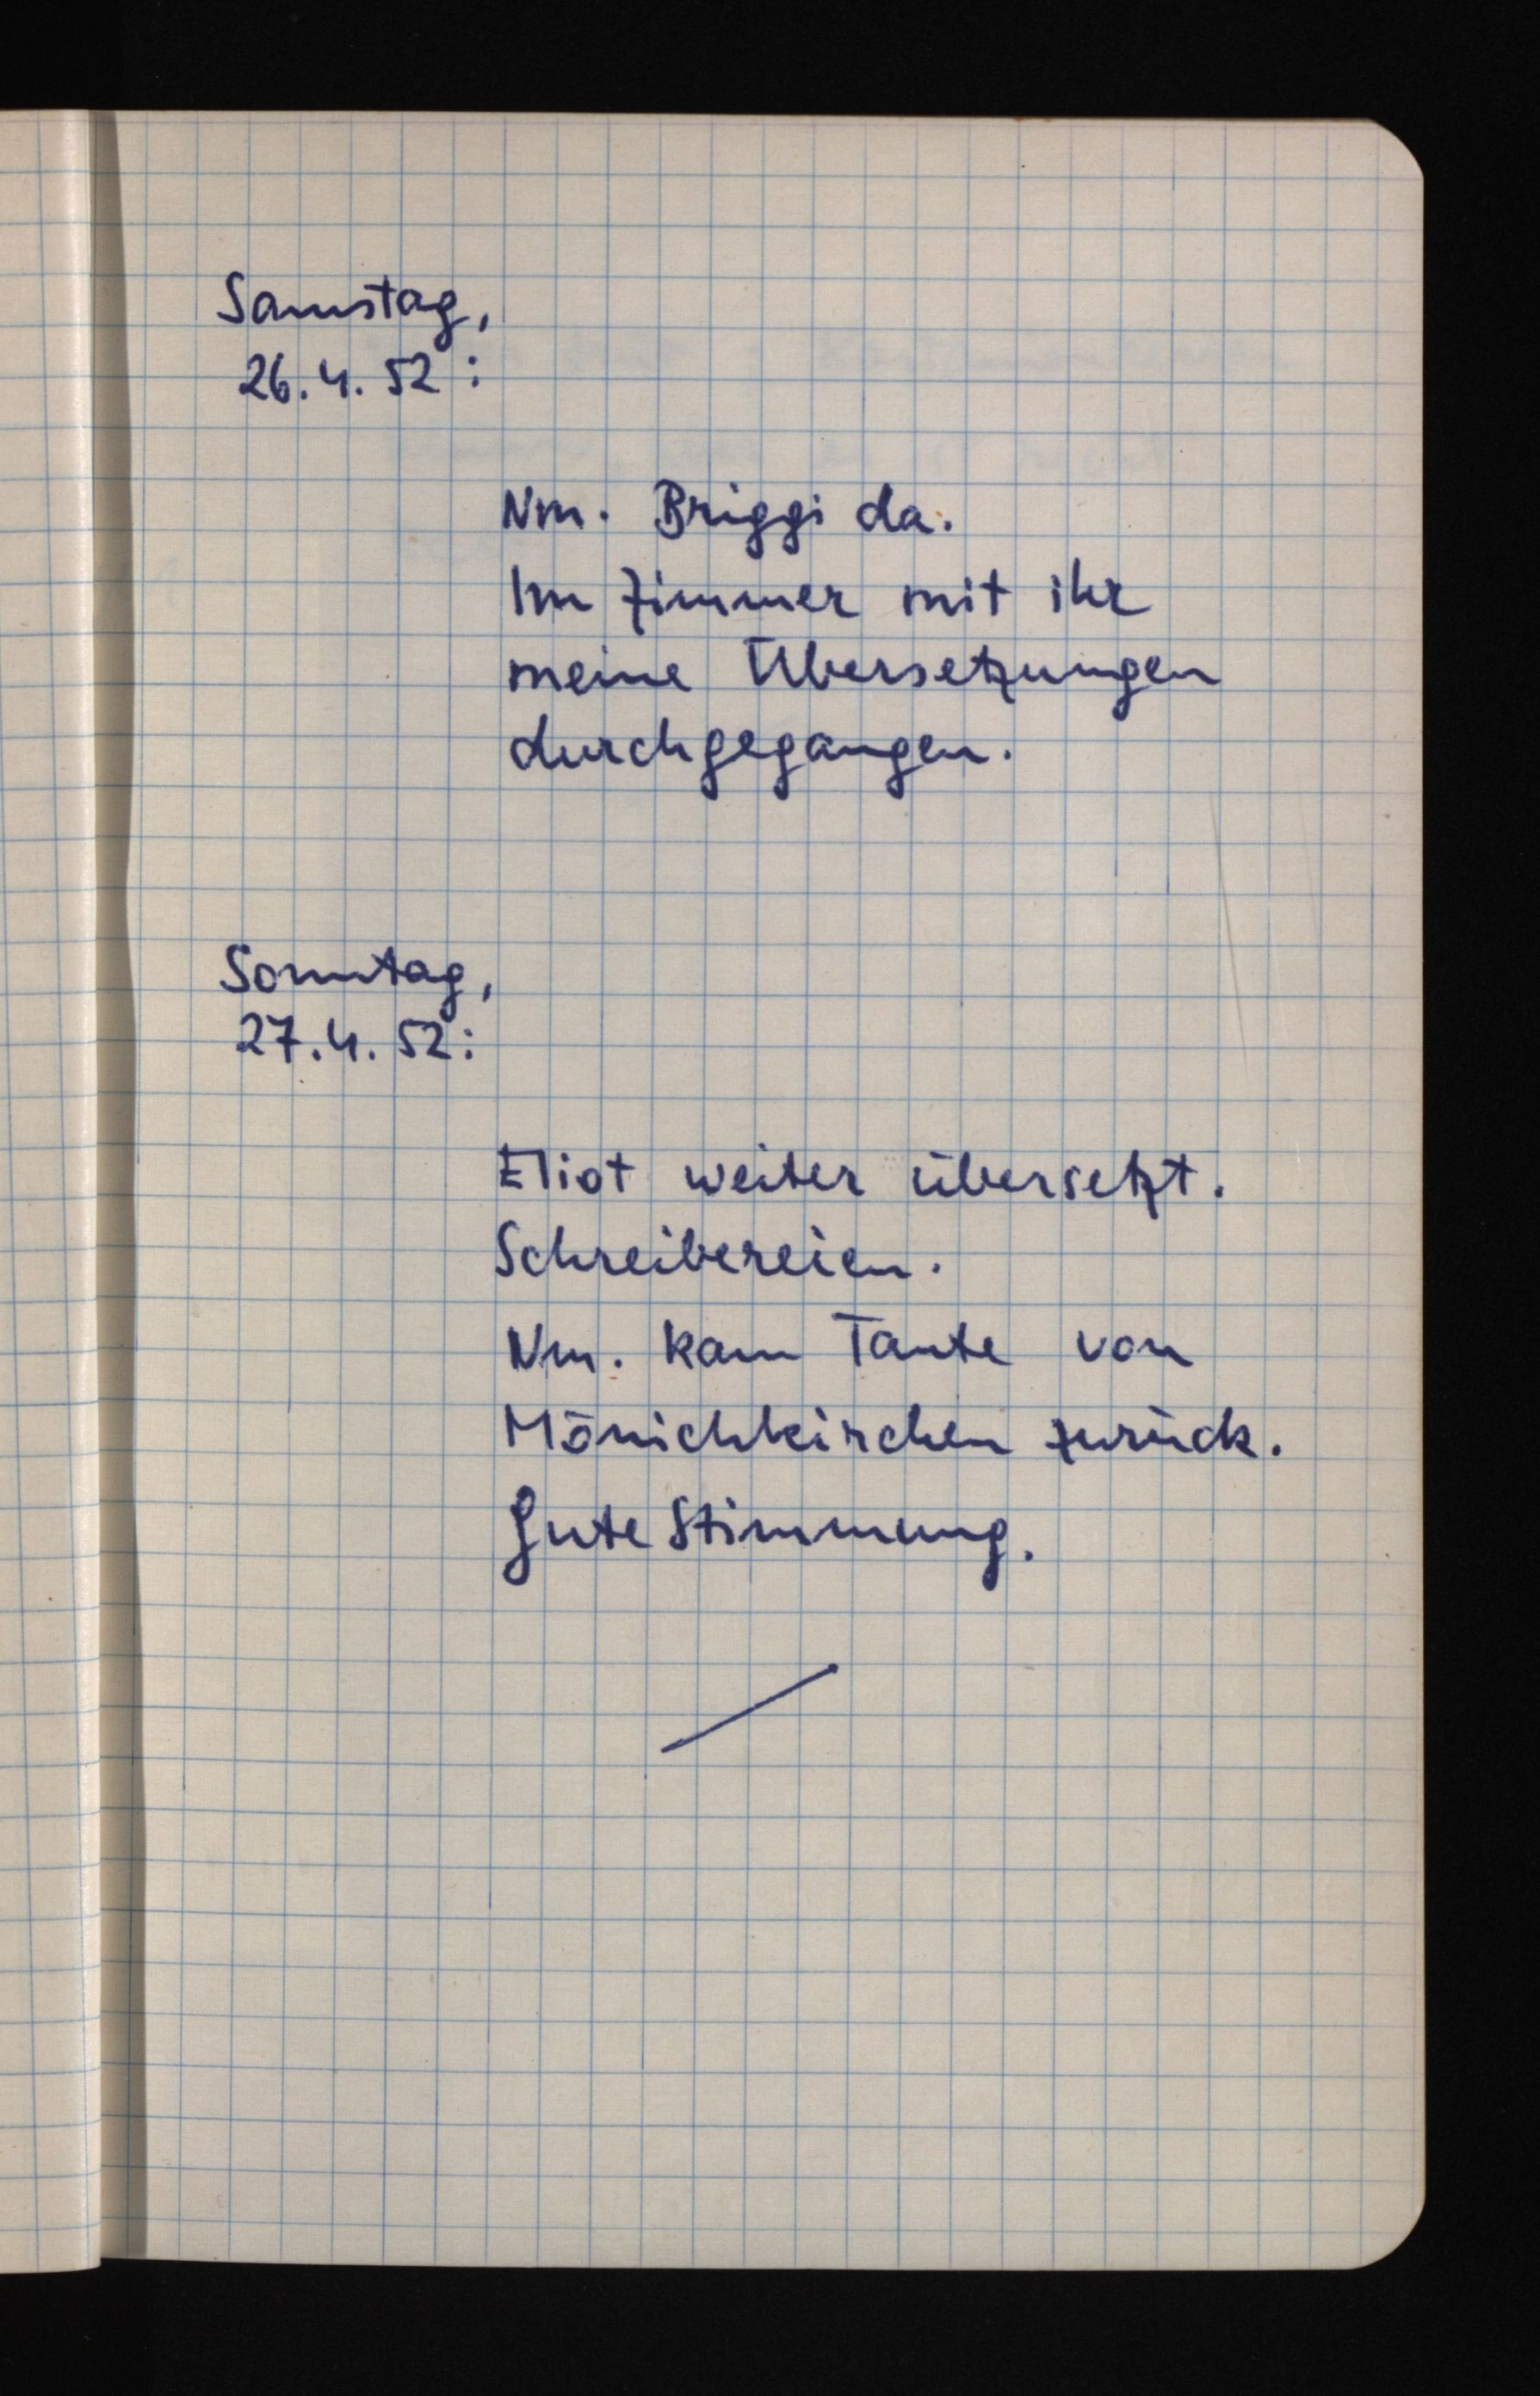
Samstag,
26.4.52:
Nm. Briggi da.
Im Zimmer mit ihr
meine Übersetzungen
durchgegangen.
Sonntag,
27.4.52:
Eliot weiter übersetzt.
Schreibereien.
Nm. kam Tante von
Mönichkirchen zurück.
Gute Stimmung.